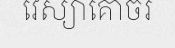
វេស្យាគោចរ